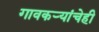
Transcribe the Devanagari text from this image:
गावकऱ्यांचेही